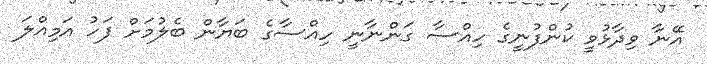
އޭނާ ވިދާޅުވީ ކުންފުނީގެ ހިއްސާ ގަންނާނީ ހިއްސާގެ ބަޔާން ބެލުމަށް ފަހު އަމިއްލަ